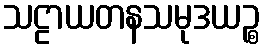
သဠာယတနသမုဒယဉ္စ